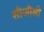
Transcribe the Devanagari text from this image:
सीजीसी